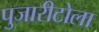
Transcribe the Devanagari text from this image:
पुजारीटोला